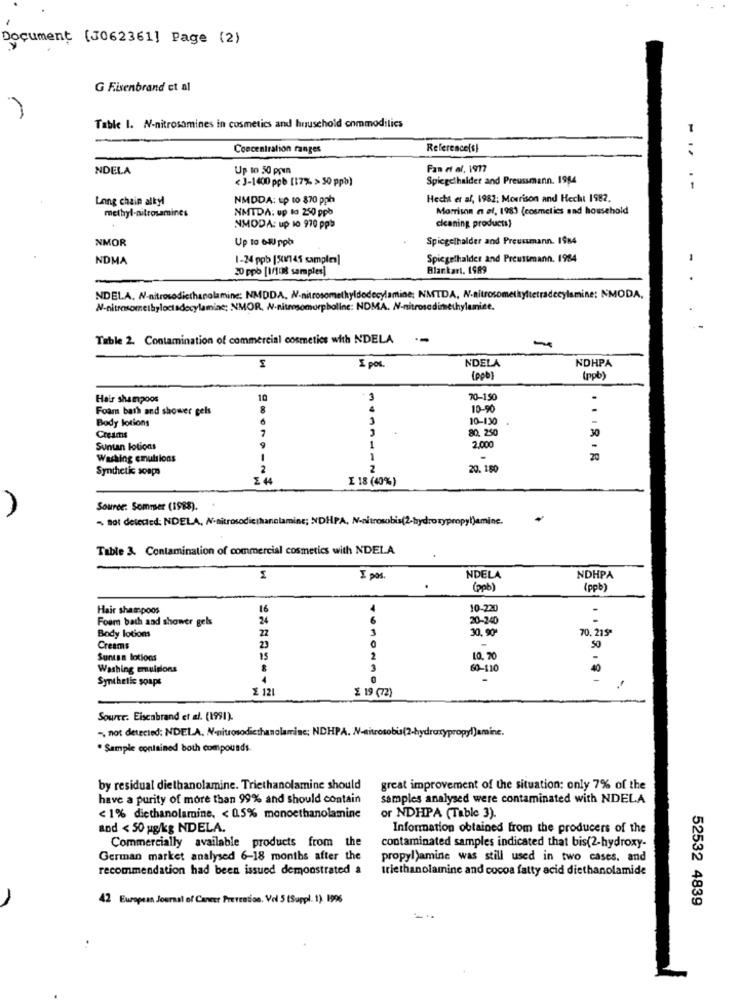
Document (J062361] Page (2)
G Fisenbrand et al
Table I. N-nitrosamines in cosmetics and household commodities
Concentration ranges
Reference(s)
NDELA
Up to 50 poun
Fan et al. 1917
< J-1400 ppb [17% > 50 ppb)
Spiegelhalder and Preussmenn. 1984
Long chain alkyl
NMDDA: tp to 870 pph
Hecha er af, 1982; Morrison and Hecht 1982.
methyl-nitrosamines
NMTDA. up to 250 ppb
Morrison a ef, 1983 (cosmetics and household
NMODA: up 10 970 ppb
cleaning products)
NMOR
Up to 64 ppb
Spiegelhalder and Preussmann. 1984
NDMA
1-24 ppb [5017145 samples]
Spiegelhalder and Preuttmann. 1984
20 ppb [1/108 samples]
Blankart. 1989
NDELA. N-nitrosodiethanolamine: NMDDA, N-nitrosomethyldodecylamine; NMTDA, N-nitrosomethyltetradecylamine: NMODA,
N-nitrosomeibyloctadecylamiac; NMOR, N-nitrosomorpholine: NDMA. N-nitrosodimethylamice.
Table 2. Contamination of commercial cosmetics with NDELA
--
NDELA
NDHPA
I pos.
[ppb)
(ppb)
Hair shampoos
10
3
70-1.50
.
Foam bath and shower gels
8
10-90
.
Body lotions
10-130
7
80. 250
30
Creams
Suntan lotions
1
2.000
Washing emulsions
1
20
Synthetic soaps
2
2
20. 180
E 4
E 18 (40%)
Source: Sommer (1988).
- not detected: NDELA, N-nitrosodicihanolamine; NDHPA, N-nitroso
opyl)amine.
Table 3. Contamination of commercial cosmetics with NDELA
I pos.
NDELA
NDHPA
(ppb)
(ppb)
Hair shampoos
16
10-220
-
Four bath and shower gels
24
20-240
3
30, 90
70.215ª
Body lotions
22
50
Creams
23
O
Suntan lotions
15
2
LO, 70
Washing emulsions
60-110
Synthetic soaps
0
£ 121
£ 19 (72)
Source. Eiscabrand et al. (1991).
-, not detected: NDELA. N-nitrosodiethanolamine; NDHPA. N-nitrosobis(2-hydroxypropyl)amine.
Sample contained both compounds.
by residual diethanolamine. Triethanolamine should
great improvement of the situation: only 7% of the
have a purity of more than 99% and should contain
samples analysed were contaminated with NDELA
< 1% diethanolamine. < 0.5% monoethanolamine
or NDHPA (Table 3).
and < 50 ug/kg NDELA.
Information obtained from the producers of the
Commercially available products from the
contaminated samples indicated that bis(2-hydroxy-
German market analysed 6-18 months after the
propyl)amine was still used in two cases. and
recommendation had been issued demonstrated a
triethanolamine and cocoa fatty acid diethanolamide
42 European Journal of Cancer Prevention. Vol 5 (Suppl. 1). 1996
52532 4839